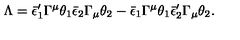
\Lambda = \bar { \epsilon } _ { 1 } ^ { \prime } \Gamma ^ { \mu } \theta _ { 1 } \bar { \epsilon } _ { 2 } \Gamma _ { \mu } \theta _ { 2 } - \bar { \epsilon } _ { 1 } \Gamma ^ { \mu } \theta _ { 1 } \bar { \epsilon } _ { 2 } ^ { \prime } \Gamma _ { \mu } \theta _ { 2 } .